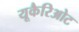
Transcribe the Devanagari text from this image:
यूकैरिओट